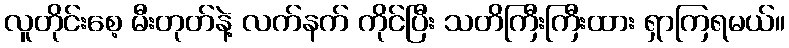
လူတိုင်းစေ့ မီးတုတ်နဲ့ လက်နက် ကိုင်ပြီး သတိကြီးကြီးထား ရှာကြရမယ်။